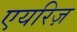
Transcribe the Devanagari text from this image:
एयरिज़